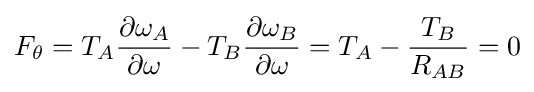
F_{\theta }=T_{A}{\frac {\partial \omega _{A}}{\partial \omega }}-T_{B}{\frac {\partial \omega _{B}}{\partial \omega }}=T_{A}-{\frac {T_{B}}{R_{AB}}}=0